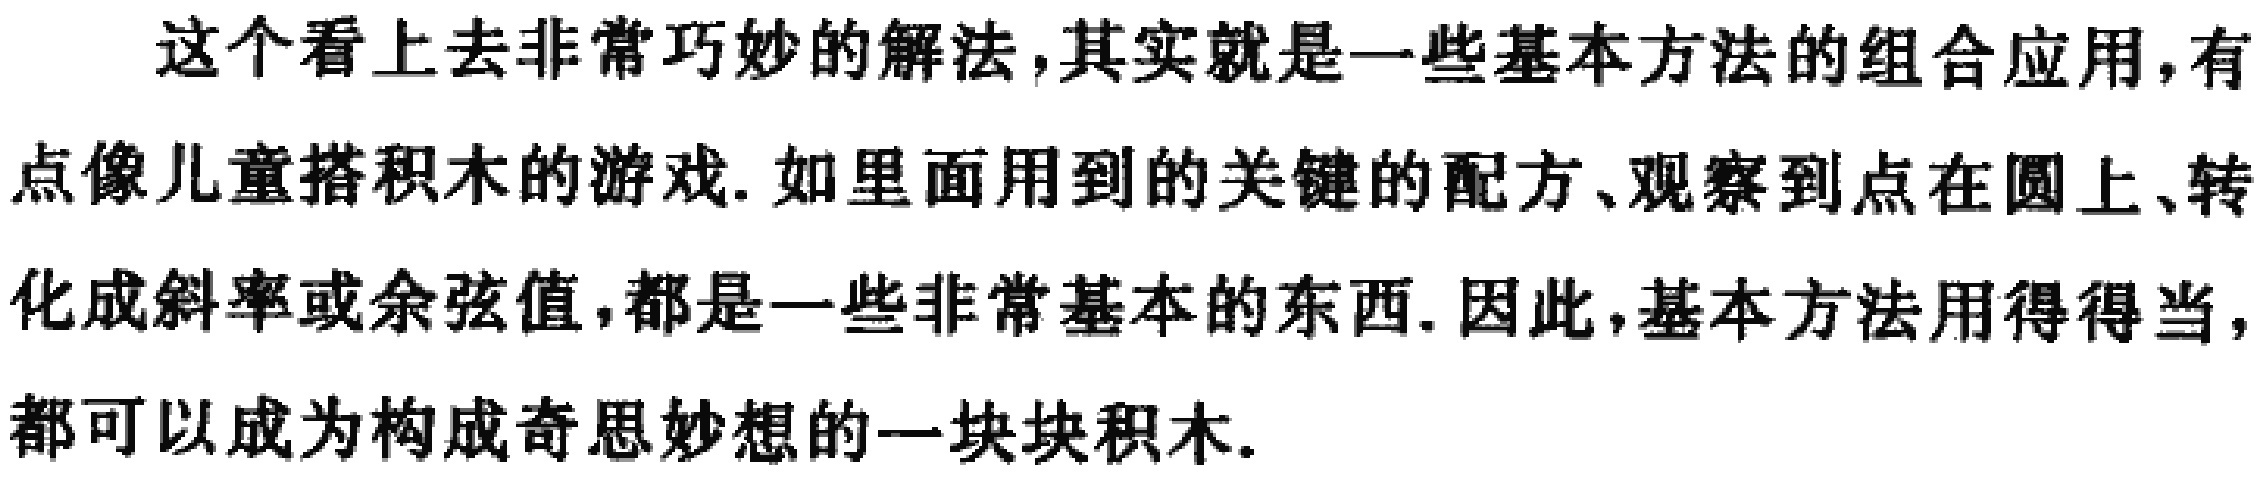
这个看上去非常巧妙的解法,其实就是一些基本方法的组合应用,有点像儿童搭积木的游戏. 如里面用到的关键的配方、观察到点在圆上、转化成斜率或余弦值,都是一些非常基本的东西. 因此,基本方法用得得当,都可以成为构成奇思妙想的一块块积木.